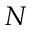
N